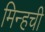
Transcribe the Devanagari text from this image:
मिन्हची